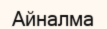
Айналма